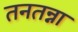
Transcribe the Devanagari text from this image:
तनतन्ना